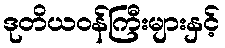
ဒုတိယဝန်ကြီးများနှင့်